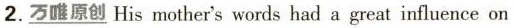
2. \underline{万唯原创} His mother's words had a great influence on